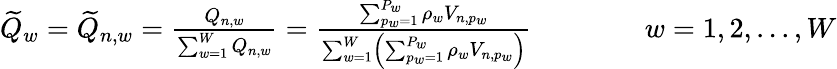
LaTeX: \begin{array}{r}{\widetilde{Q}_{w}=\widetilde{Q}_{n,w}=\frac{Q_{n,w}}{\sum_{w=1}^{W}Q_{n,w}}=\frac{\sum_{p_{w}=1}^{P_{w}}\rho_{w}V_{n,p_{w}}}{\sum_{w=1}^{W}\left(\sum_{p_{w}=1}^{P_{w}}\rho_{w}V_{n,p_{w}}\right)}\qquad\qquad w=1,2,...,W}\end{array}